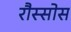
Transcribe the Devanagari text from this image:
रौस्सोस